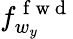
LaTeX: f_{w_{y}}^{\mathrm{~f~w~d~}}